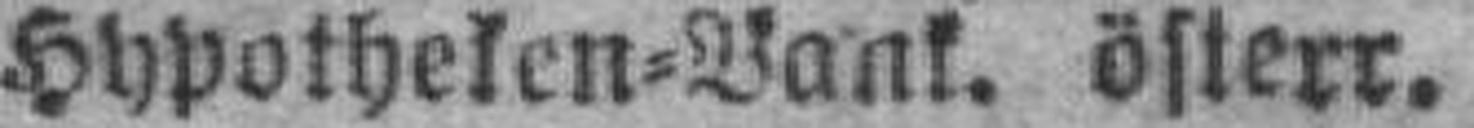
Hypotheken=Bank. österr.